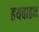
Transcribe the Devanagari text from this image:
हयवाहन